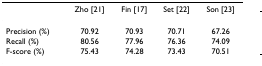
<table><thead><tr><td></td><td><b>Zho [21]</b></td><td><b>Fin [17]</b></td><td><b>Set [22]</b></td><td><b>Son [23]</b></td></tr></thead><tbody><tr><td>Precision (%)</td><td>70.92</td><td>70.93</td><td>70.71</td><td>67.26</td></tr><tr><td>Recall (%)</td><td>80.56</td><td>77.96</td><td>76.36</td><td>74.09</td></tr><tr><td>F-score (%)</td><td>75.43</td><td>74.28</td><td>73.43</td><td>70.51</td></tr></tbody></table>